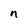
Character: n